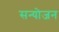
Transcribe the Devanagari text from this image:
सन्योजन